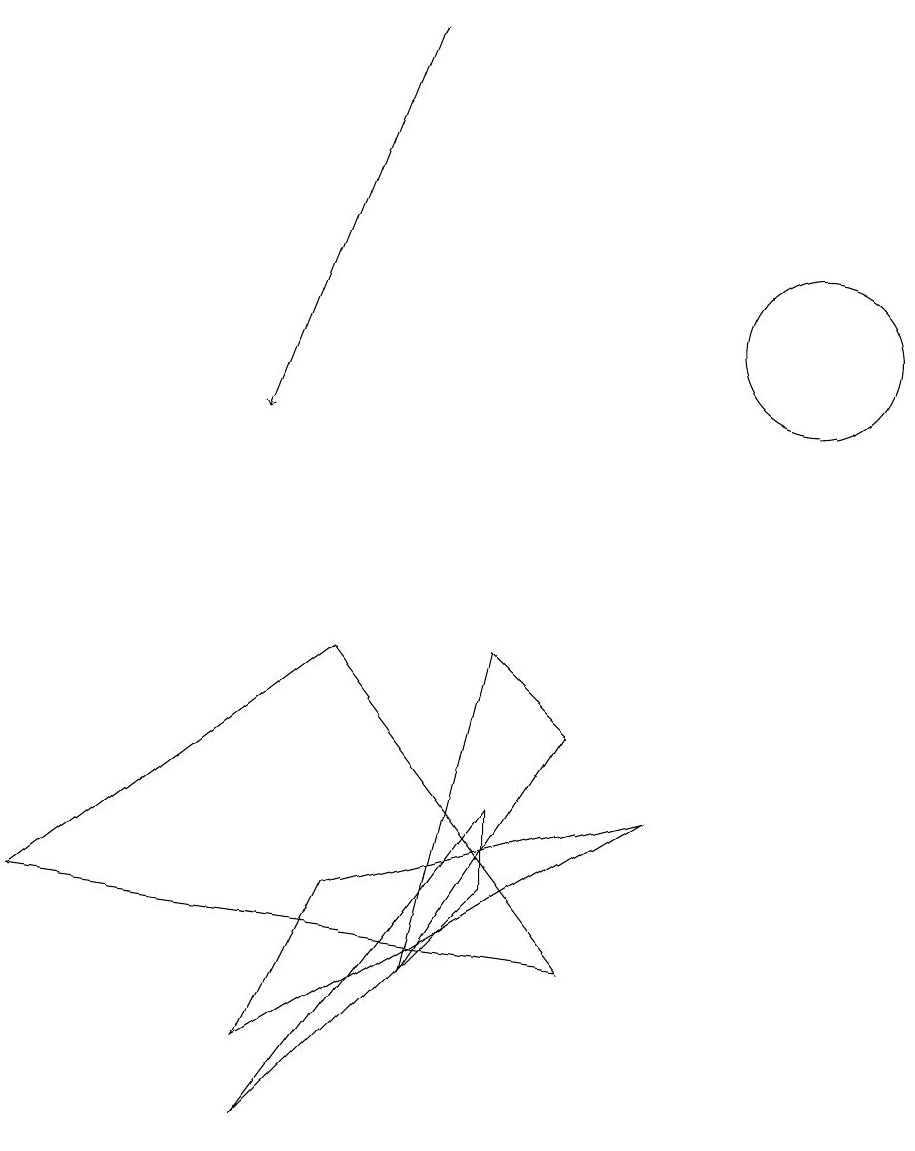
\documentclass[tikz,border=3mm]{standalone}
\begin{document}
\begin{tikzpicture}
\draw (9,5) -- (4,2) -- (5,4) -- cycle;
\draw (8,3) -- (1,4) -- (5,7) -- cycle;
\draw (6,3) -- (7,7) -- (8,6) -- cycle;
\draw (7,5) -- (7,4) -- (4,1) -- cycle;
\draw (11,11) circle (1);
\draw[->] (6,15) -- (4,10);
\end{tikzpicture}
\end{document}